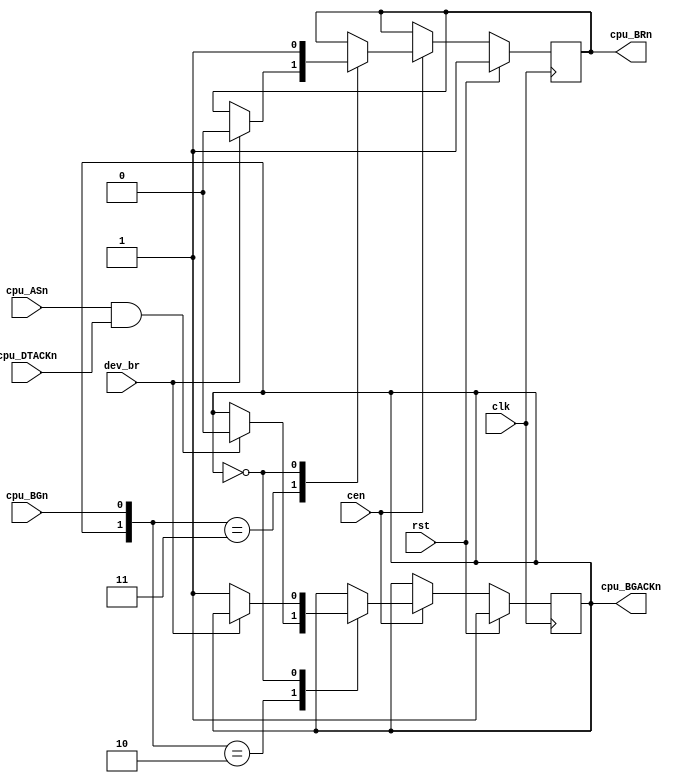
/*  This file is part of JTFRAME.
    JTFRAME program is free software: you can redistribute it and/or modify
    it under the terms of the GNU General Public License as published by
    the Free Software Foundation, either version 3 of the License, or
    (at your option) any later version.

    JTFRAME program is distributed in the hope that it will be useful,
    but WITHOUT ANY WARRANTY; without even the implied warranty of
    MERCHANTABILITY or FITNESS FOR A PARTICULAR PURPOSE.  See the
    GNU General Public License for more details.

    You should have received a copy of the GNU General Public License
    along with JTFRAME.  If not, see <http://www.gnu.org/licenses/>.

    Author: Jose Tejada Gomez. Twitter: @topapate
    Version: 1.0
    Date: 12-9-2019 */

module jtframe_68kdma #(parameter BW=1)(
    input          clk,
    input          rst,
    input          cen,
    output     reg cpu_BRn,
    output     reg cpu_BGACKn,
    input          cpu_BGn,
    input          cpu_ASn,
    input          cpu_DTACKn,
    input [BW-1:0] dev_br      // high to signal a bus request from a device
);

// using asynchronous reset will cause Altera FPGAs
// to invert the signals as it can only reset but not preset
always @(posedge clk)
    if( rst ) begin
        cpu_BRn    <= 1'b1;
        cpu_BGACKn <= 1'b1;
    end else if(cen) begin
        casez( {cpu_BGACKn, cpu_BGn} )
            2'b11: // waiting for bus request
                if( |dev_br ) begin
                    cpu_BRn <= 1'b0;                    
                end
            2'b10: begin // bus granted
                if( cpu_ASn && cpu_DTACKn ) cpu_BGACKn <= 1'b0;
            end
            2'b0?: begin // bus held by the device
                cpu_BRn  <= 1'b1;
                if( !(|dev_br) ) begin
                    cpu_BGACKn <= 1'b1; // frees the bus
                end
            end
        endcase
    end

endmodule